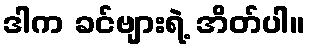
ဒါက ခင်ဗျားရဲ့ အိတ်ပါ။